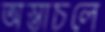
অস্তাচলে